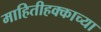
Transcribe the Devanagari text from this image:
माहितीहक्काच्या